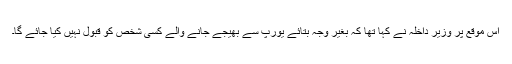
اس موقع پر وزیر داخلہ نے کہا تھا کہ بغیر وجہ بتائے یورپ سے بھیجے جانے والے کسی شخص کو قبول نہیں کیا جائے گا۔